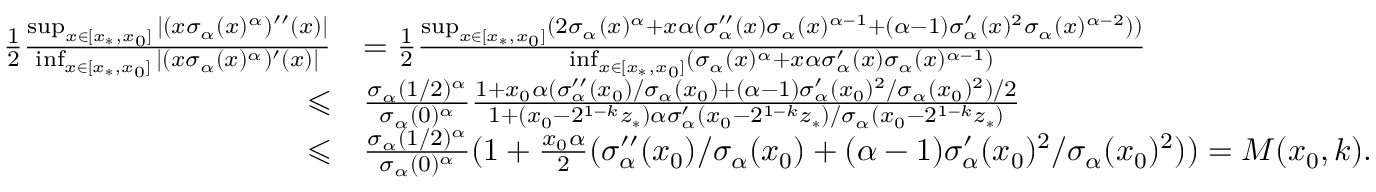
\begin{array} { r l } { \frac { 1 } { 2 } \frac { \operatorname* { s u p } _ { x \in [ x _ { * } , x _ { 0 } ] } | ( x \sigma _ { \alpha } ( x ) ^ { \alpha } ) ^ { \prime \prime } ( x ) | } { \operatorname* { i n f } _ { x \in [ x _ { * } , x _ { 0 } ] } | ( x \sigma _ { \alpha } ( x ) ^ { \alpha } ) ^ { \prime } ( x ) | } } & { = \frac { 1 } { 2 } \frac { \operatorname* { s u p } _ { x \in [ x _ { * } , x _ { 0 } ] } ( 2 \sigma _ { \alpha } ( x ) ^ { \alpha } + x \alpha ( \sigma _ { \alpha } ^ { \prime \prime } ( x ) \sigma _ { \alpha } ( x ) ^ { \alpha - 1 } + ( \alpha - 1 ) \sigma _ { \alpha } ^ { \prime } ( x ) ^ { 2 } \sigma _ { \alpha } ( x ) ^ { \alpha - 2 } ) ) } { \operatorname* { i n f } _ { x \in [ x _ { * } , x _ { 0 } ] } ( \sigma _ { \alpha } ( x ) ^ { \alpha } + x \alpha \sigma _ { \alpha } ^ { \prime } ( x ) \sigma _ { \alpha } ( x ) ^ { \alpha - 1 } ) } } \\ { \leqslant } & { \frac { \sigma _ { \alpha } ( 1 / 2 ) ^ { \alpha } } { \sigma _ { \alpha } ( 0 ) ^ { \alpha } } \frac { 1 + x _ { 0 } \alpha ( \sigma _ { \alpha } ^ { \prime \prime } ( x _ { 0 } ) / \sigma _ { \alpha } ( x _ { 0 } ) + ( \alpha - 1 ) \sigma _ { \alpha } ^ { \prime } ( x _ { 0 } ) ^ { 2 } / \sigma _ { \alpha } ( x _ { 0 } ) ^ { 2 } ) / 2 } { 1 + ( x _ { 0 } - 2 ^ { 1 - k } z _ { * } ) \alpha \sigma _ { \alpha } ^ { \prime } ( x _ { 0 } - 2 ^ { 1 - k } z _ { * } ) / \sigma _ { \alpha } ( x _ { 0 } - 2 ^ { 1 - k } z _ { * } ) } } \\ { \leqslant } & { \frac { \sigma _ { \alpha } ( 1 / 2 ) ^ { \alpha } } { \sigma _ { \alpha } ( 0 ) ^ { \alpha } } ( 1 + \frac { x _ { 0 } \alpha } { 2 } ( \sigma _ { \alpha } ^ { \prime \prime } ( x _ { 0 } ) / \sigma _ { \alpha } ( x _ { 0 } ) + ( \alpha - 1 ) \sigma _ { \alpha } ^ { \prime } ( x _ { 0 } ) ^ { 2 } / \sigma _ { \alpha } ( x _ { 0 } ) ^ { 2 } ) ) = M ( x _ { 0 } , k ) . } \end{array}